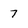
Character: 7